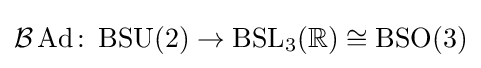
{\mathcal {B}}\operatorname {Ad} \colon \operatorname {BSU} (2)\rightarrow \operatorname {BSL} _{3}(\mathbb {R} )\cong \operatorname {BSO} (3)